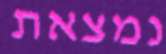
נמצאת